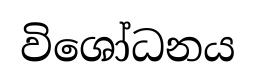
විශෝධනය